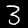
Digit: 3